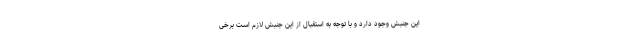
این جنبش وجود دارد و با توجه به استقبال از این جنبش لازم است برخی